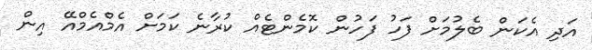
އަދި އެކަން ބެލުމަށް ފަހު ފަހުން ކޮމެންޓެއް ކުރާނެ ކަމަށް އެމްއެމްއޭ އިން